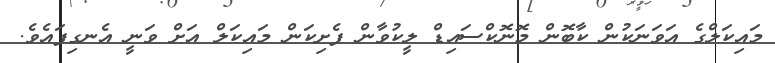
މައިކަލްގެ އަވަނަކުން ކާބޮން މޮނޮކްސައިޑް ލީކުވާން ފެށިކަން މައިކަލް އަށް ވަނީ އެނގިފައެވެ.